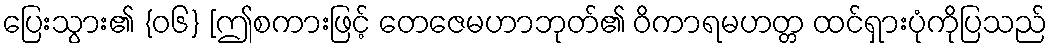
ပြေးသွား၏ {၀၆} [ဤစကားဖြင့် တေဇေမဟာဘုတ်၏ ဝိကာရမဟတ္တ ထင်ရှားပုံကိုပြသည်